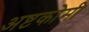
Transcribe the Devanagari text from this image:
अष्टकोमी